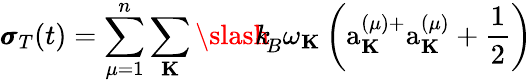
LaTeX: {\pmb\sigma}_{T}(t)=\sum_{\mu=1}^{n}\sum_{\mathbf K}{\slash\! \! \! k}_{\! {B}}\omega_{\mathbf K}\left(\mathrm{a}_{\mathbf K}^{(\mu)+}\mathrm{a}_{\mathbf K}^{(\mu)}+\frac{1}{2}\right)